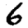
Digit: 6